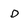
Character: D